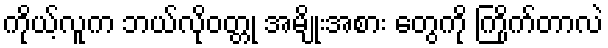
ကိုယ့်လူက ဘယ်လိုဝတ္တု အမျိုးအစား တွေကို ကြိုက်တာလဲ